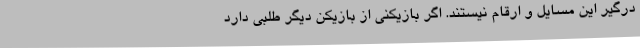
درگیر این مسایل و ارقام نیستند. اگر بازیکنی از بازیکن دیگر طلبی دارد